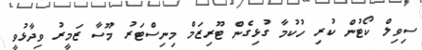
ސިވިލް ކޯޓުން ކުރި ހުކުމާ ގުޅިގެން ޓޫރިޒަމް މިނިސްޓަރު މޫސާ ޒަމީރު ވިދާޅުވީ